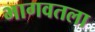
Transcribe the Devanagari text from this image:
भागवतला